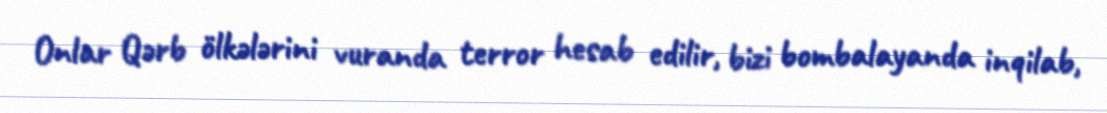
Onlar Qərb ölkələrini vuranda terror hesab edilir, bizi bombalayanda inqilab,